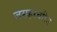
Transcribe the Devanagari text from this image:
जसहरचरिउ